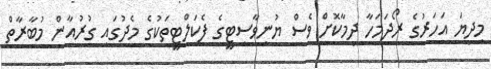
މިދިޔަ އަހަރުގެ ރޯދަމަހާ ދިމާކޮށް ވެސް ޔުނިވާސިޓީގެ ފެކަލްޓީތަކުގެ މެދުގައި ގުރުއާން މުބާރާތް